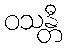
ဝသန္တီ